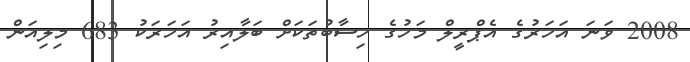
2008 ވަނަ އަހަރުގެ އެޕްރީލް މަހުގެ ހިސާބުތަކަށް ބަލާއިރު އަހަރަކު 683 މިލިއަން